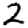
Digit: 2